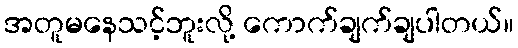
အတူမနေသင့်ဘူးလို့ ကောက်ချက်ချပါတယ်။